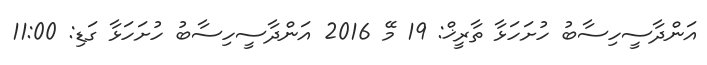
އަންދާސީހިސާބު ހުށަހަޅާ ތާރީޚް: 19 މޭ 2016 އަންދާސީހިސާބު ހުށަހަޅާ ގަޑި: 11:00